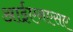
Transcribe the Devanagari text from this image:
आईएनएसए